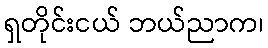
ရှတိုင်းငယ် ဘယ်ညာက၊